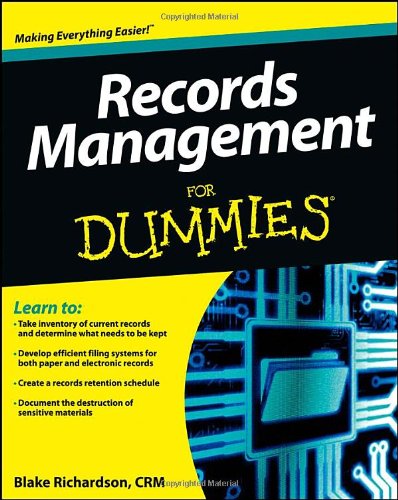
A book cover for Records Management For Dummies; Richardson; Business & Money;